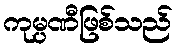
ကုမ္ပဏီဖြစ်သည်